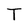
Character: T